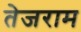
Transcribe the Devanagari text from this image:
तेजराम